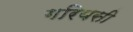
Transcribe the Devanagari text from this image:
गरियसी